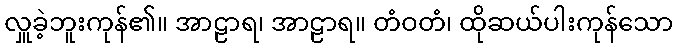
လှူခဲ့ဘူးကုန်၏။ အာဠာရ၊ အာဠာရ။ တံဝတံ၊ ထိုဆယ်ပါးကုန်သော